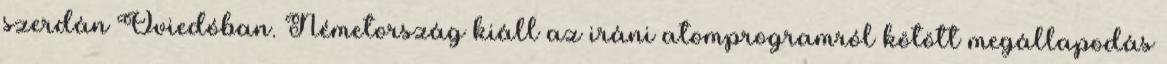
szerdán Oviedóban. Németország kiáll az iráni atomprogramról kötött megállapodás